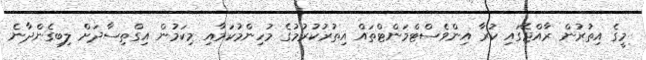
މީގެ އިތުރުން ރާއްޖޭގައި ކުރާ އިންވެސްޓްމަންޓްތައް އިތުރުކުރުމުގެ މުހިންމުކަމާއި މިކަމުން އިގްތިސާދަށް ލިބިގެންދާނެ